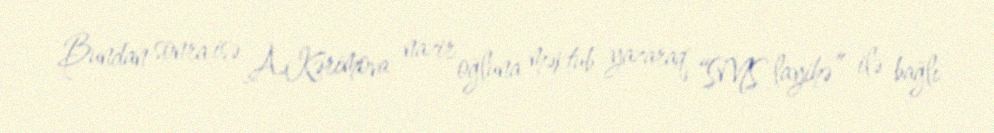
Bundan sonra isə A.Kərimova nazir oğluna məktub yazaraq “SMS layihə” ilə bağlı